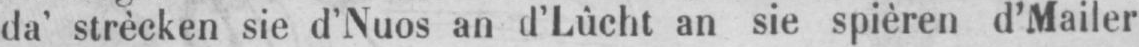
da’ strècken sie d’Nuos an d’Lûcht an sie spièren d’Mailer